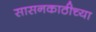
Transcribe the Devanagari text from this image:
सासनकाठीच्या